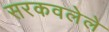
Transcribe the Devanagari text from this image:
सरकवलेले